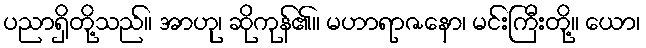
ပညာရှိတို့သည်။ အာဟု၊ ဆိုကုန်၏။ မဟာရာဇနော၊ မင်းကြီးတို့။ ယော၊